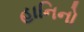
હાનિનો